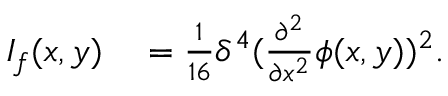
\begin{array} { r l } { I _ { f } ( x , y ) } & { { } = \frac { 1 } { 1 6 } \delta ^ { 4 } ( \frac { \partial ^ { 2 } } { \partial x ^ { 2 } } \phi ( x , y ) ) ^ { 2 } . } \end{array}